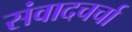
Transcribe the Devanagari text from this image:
संवादचर्चा